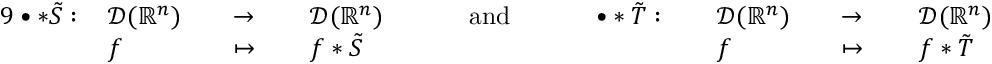
{ \begin{array} { r l r l r l r l r l r l r l r l } { { 9 } \bullet \ast { \tilde { S } } : \, } & { { \mathcal { D } } ( \mathbb { R } ^ { n } ) } & & { \to \, } & & { { \mathcal { D } } ( \mathbb { R } ^ { n } ) } & & { \quad { \mathrm { ~ a n d ~ } } \quad } & & { \bullet \ast { \tilde { T } } : \, } & & { { \mathcal { D } } ( \mathbb { R } ^ { n } ) } & & { \to \, } & & { { \mathcal { D } } ( \mathbb { R } ^ { n } ) } \\ & { f } & & { \mapsto \, } & & { f \ast { \tilde { S } } } & & { } & & { } & & { f } & & { \mapsto \, } & & { f \ast { \tilde { T } } } \end{array} }